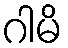
ဂါမိ